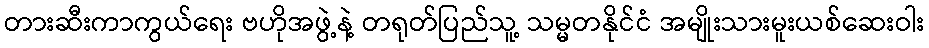
တားဆီးကာကွယ်ရေး ဗဟိုအဖွဲ့နဲ့ တရုတ်ပြည်သူ့ သမ္မတနိုင်ငံ အမျိုးသားမူးယစ်ဆေးဝါး